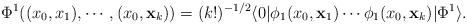
LaTeX: \begin{align*} \Phi^1((x_{0},{x}_1),\cdots,(x_{0},\mathbf{x}_k)) = (k!)^{-1/2} \langle 0\vert \phi_1(x_{0},\mathbf{x}_{1})\cdots\phi_1(x_{0},\mathbf{x}_{k})\vert\Phi^1 \rangle.\end{align*}